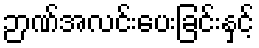
ဉာဏ်အလင်းပေးခြင်းနှင့်